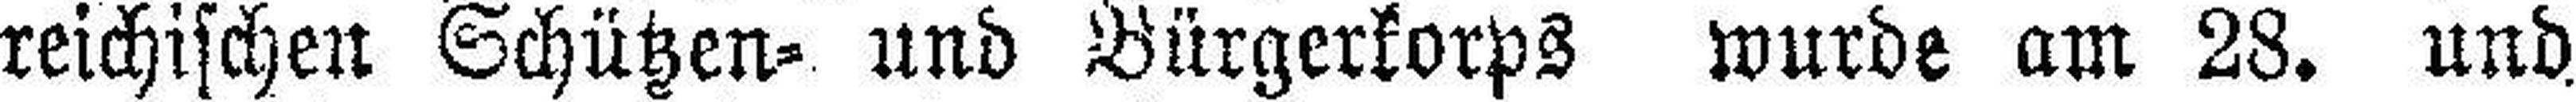
reichischen Schützen= und Bürgerkorps wurde am 28. und